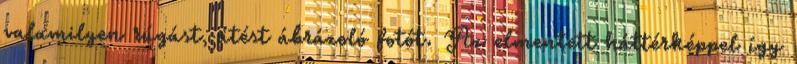
valamilyen rúgást, ütést ábrázoló fotót. Az elmentett háttérképpel így